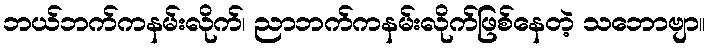
ဘယ်ဘက်ကနမ်းလိုက်၊ ညာဘက်ကနမ်းလိုက်ဖြစ်နေတဲ့ သဘောဗျာ။